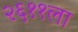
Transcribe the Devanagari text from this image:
२६११ला